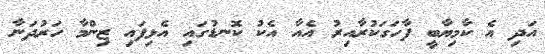
އަދި އެ ކާމިޔާބީ ފާހަގަކުރާއިރު އެއާ އެކު ކޮނޑުގައި އެޅިފައި ޒިންމާ ހަރުދަނާ